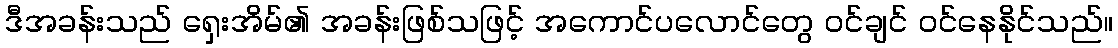
ဒီအခန်းသည် ရှေးအိမ်၏ အခန်းဖြစ်သဖြင့် အကောင်ပလောင်တွေ ဝင်ချင် ဝင်နေနိုင်သည်။